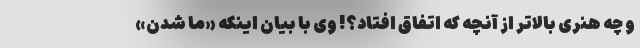
و چه هنری بالاتر از آنچه که اتفاق افتاد؟! وی با بیان اینکه «ما شدن»